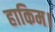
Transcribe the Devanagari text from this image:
हाकिम।